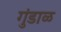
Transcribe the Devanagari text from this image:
गुंडाळ